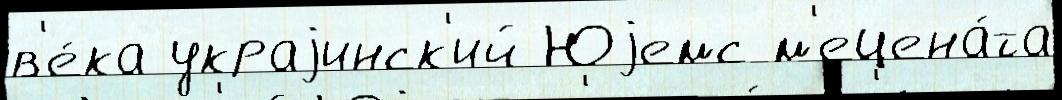
в'е́ка украjинск'ий Юjемс м'ецена́та